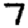
Digit: 7